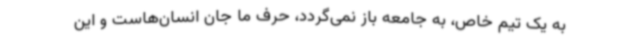
به یک تیم خاص، به جامعه باز نمی‌گردد، حرف ما جان انسان‌هاست و این